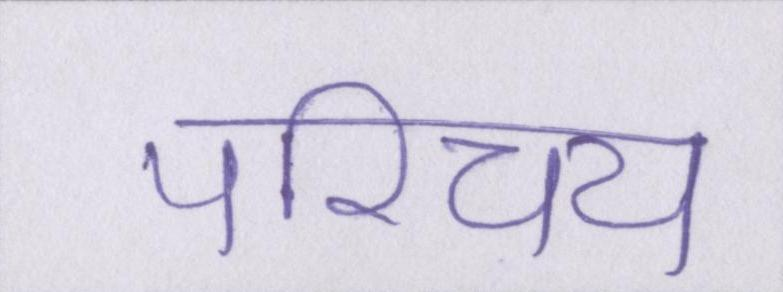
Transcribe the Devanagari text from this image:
परिचय